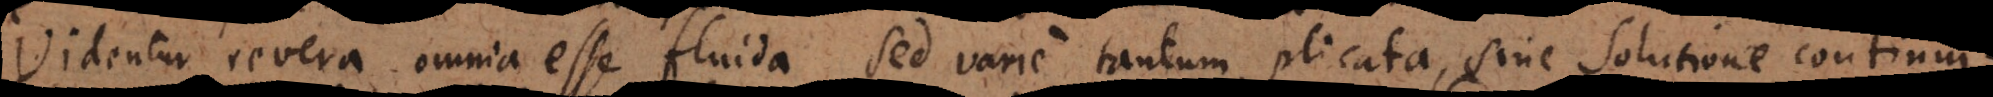
Videntur revera omnia esse fluida, sed varie tantum plicata, sine solutione continui.